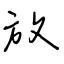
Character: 放